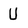
Character: U